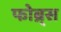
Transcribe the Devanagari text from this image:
फोब्र्स